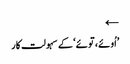
←
’اُوئے، توئے‘ کے سہولت کار